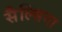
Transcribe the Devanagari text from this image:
सैल्सिना